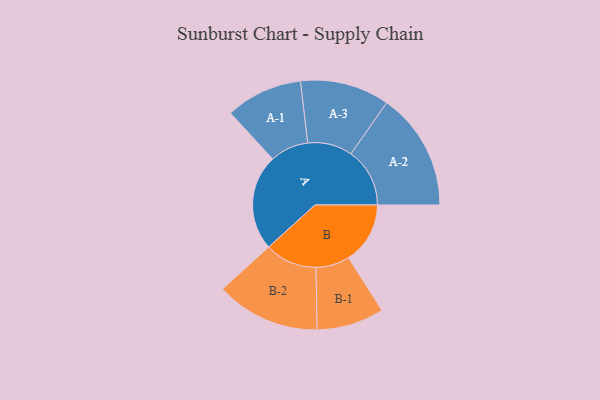
{"axis": {"x": "Segment", "y": "Value"}, "legend": ["", "A", "B"], "data": [{"x": "A", "y": 489, "type": ""}, {"x": "B", "y": 314, "type": ""}, {"x": "A-1", "y": 196, "type": "A"}, {"x": "A-2", "y": 300, "type": "A"}, {"x": "A-3", "y": 228, "type": "A"}, {"x": "B-1", "y": 172, "type": "B"}, {"x": "B-2", "y": 266, "type": "B"}]}